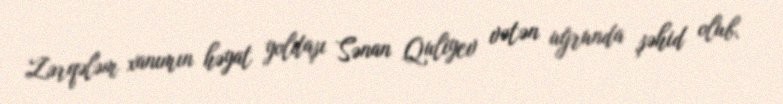
Zərqələm xanımın həyat yoldaşı Sənan Quliyev vətən uğrunda şəhid olub.